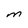
Character: M